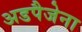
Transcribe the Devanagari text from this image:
अडपैजेना